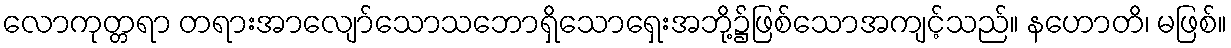
လောကုတ္တရာ တရားအာလျော်သောသဘောရှိသောရှေးအဘို့၌ဖြစ်သောအကျင့်သည်။ နဟောတိ၊ မဖြစ်။